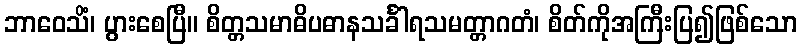
ဘာဝေသိံ၊ ပွားစေပြီ။ စိတ္တသမာဓိပဓာနသင်္ခါရသမတ္တာဂတံ၊ စိတ်ကိုအကြီးပြ၍ဖြစ်သော